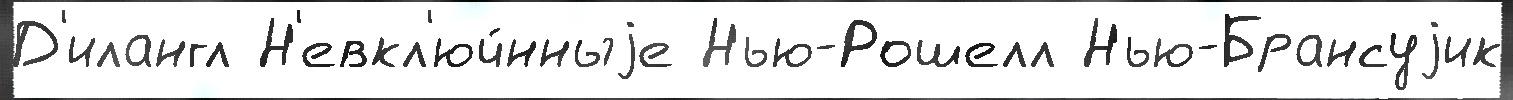
Д'илангл Н'евкл'юч́нныjе Нью-Рошелл Нью-Брансуjик